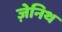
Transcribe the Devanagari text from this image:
ज़ेनिथ